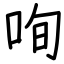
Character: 咰